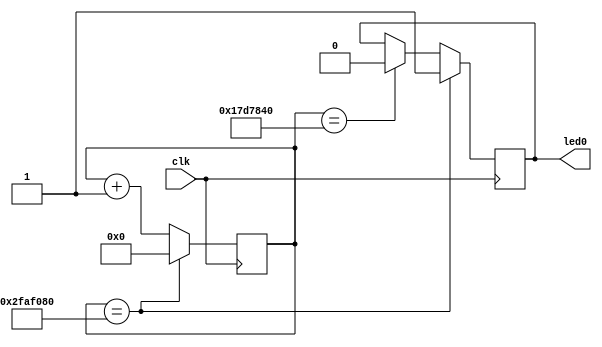
`timescale 1ns / 1ps
//////////////////////////////////////////////////////////////////////////////////
// Company: 
// Engineer: 
// 
// Design Name: 
// Module Name:    BlinkingLED 
// Project Name: 
// Target Devices: 
// Tool versions: 
// Description: 
//
// Dependencies: 
//
// Revision: 
// Revision 0.01 - File Created
// Additional Comments: 
//
//////////////////////////////////////////////////////////////////////////////////

`define OFF_TIME 25000000
`define ON_TIME 50000000
module BlinkingLED(clk, led0);

input clk;
output led0;
reg led0;
reg [26:0] counter;
initial led0 = 1;
initial counter = 27'b0;
always @(posedge clk) begin
	counter <= counter+1;
	if(counter == `OFF_TIME) begin
		led0 <= 0;
	end
	if(counter == `ON_TIME) begin
		led0 <= 1;
		counter <= 0;
	end
end


endmodule